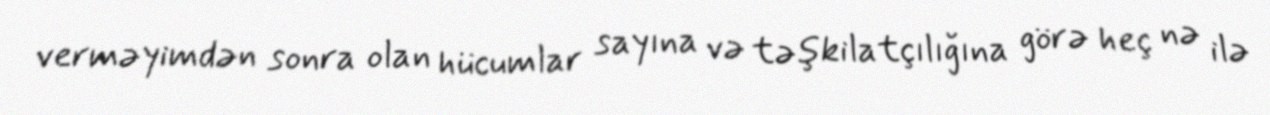
verməyimdən sonra olan hücumlar sayına və təşkilatçılığına görə heç nə ilə